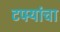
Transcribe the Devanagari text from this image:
टपर्‍यांचा